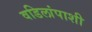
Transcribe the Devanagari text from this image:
वडिलांपाशी